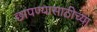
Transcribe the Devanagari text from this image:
छापण्यासाठीच्या